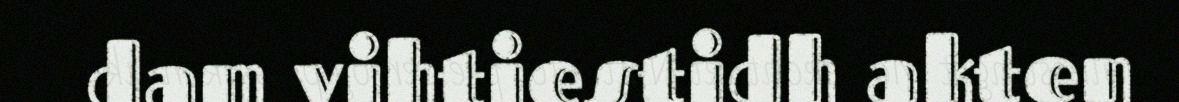
dam vihtiestidh akten